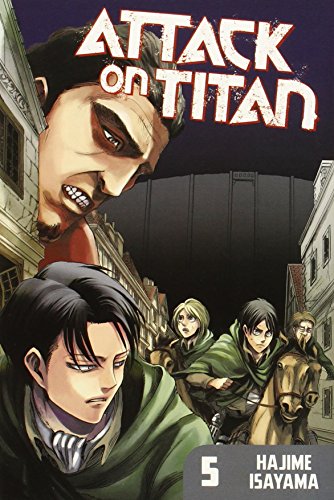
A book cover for Attack on Titan 5; Hajime Isayama; Comics & Graphic Novels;